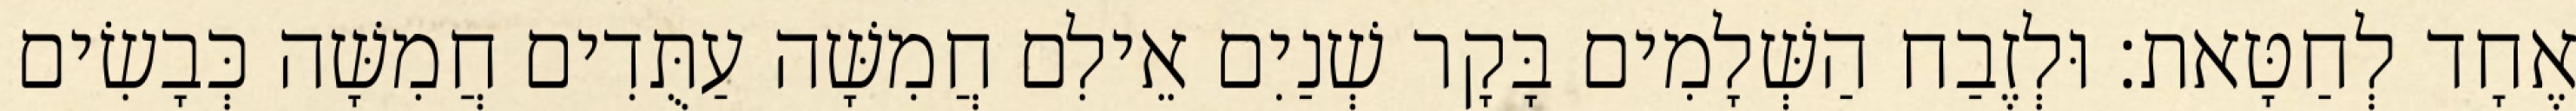
אֶחָד לְחַטָּאת׃ וּלְזֶבַח הַשְּׁלָמִים בָּקָר שְׁנַיִם אֵילִם חֲמִשָּׁה עַתֻּדִים חֲמִשָּׁה כְּבָשִׂים